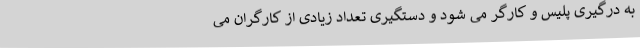
به درگیری پلیس و کارگر می شود و دستگیری تعداد زیادی از کارگران می